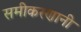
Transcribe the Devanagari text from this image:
समीकरणानी